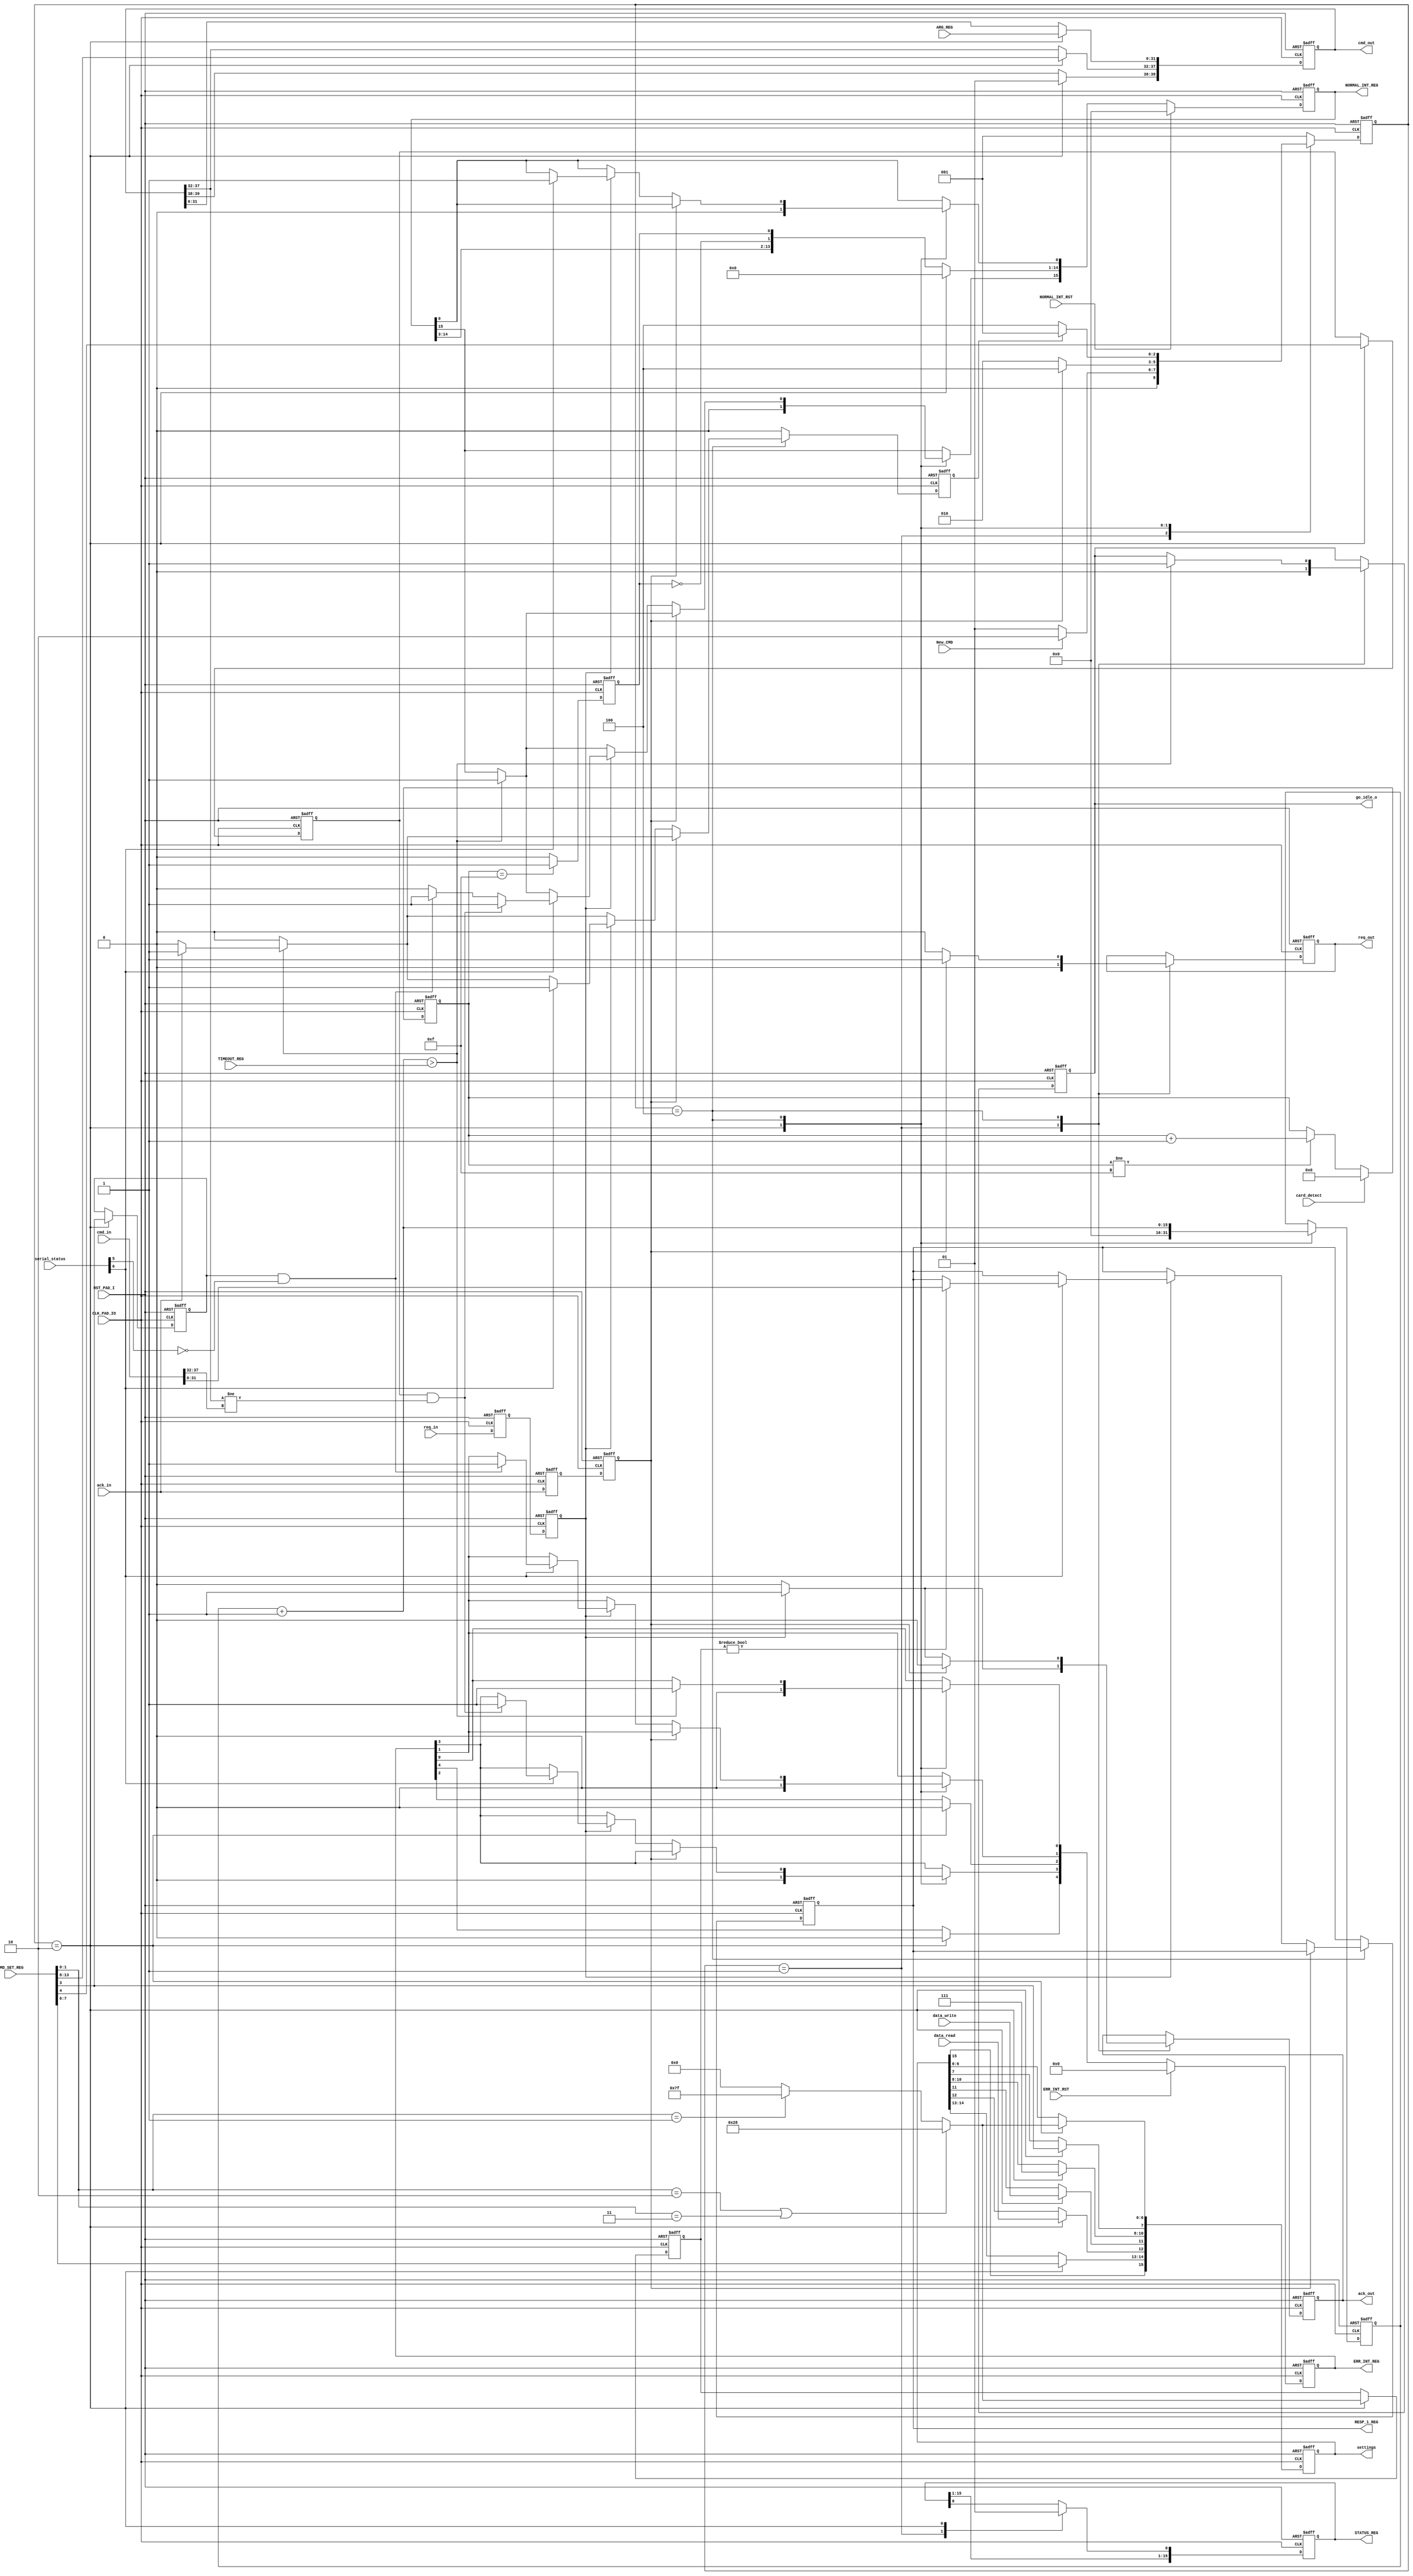
module sd_cmd_master(

input CLK_PAD_IO,

input RST_PAD_I,

input New_CMD,
input data_write,
input data_read,



input [31:0]ARG_REG,
input [13:0]CMD_SET_REG,
input [15:0] TIMEOUT_REG,
output reg [15:0] STATUS_REG,
output reg [31:0] RESP_1_REG,// va al wishbone 

output reg [4:0] ERR_INT_REG, 
output reg [15:0] NORMAL_INT_REG, 
input ERR_INT_RST,
input NORMAL_INT_RST,

output reg [15:0] settings,
output reg go_idle_o,
output reg  [39:0] cmd_out,
output reg req_out,
output reg ack_out,
input req_in,
input ack_in,
input [39:0] cmd_in,// viene del serial
input [7:0] serial_status,
input card_detect //????
);
 
  







`define dat_ava status[6]
`define crc_valid status[5] 
`define small_rsp 7'b0101000
`define big_rsp 7'b1111111

`define CMDI CMD_SET_REG[13:8] // Ver espescificacion
`define WORD_SELECT CMD_SET_REG[7:6]
`define CICE CMD_SET_REG[4]
`define CRCE CMD_SET_REG[3]
`define RTS CMD_SET_REG[1:0]
`define CTE ERR_INT_REG[0]  // Registros
`define CCRCE ERR_INT_REG[1] // error interrupt enable reg
`define CIE  ERR_INT_REG[3]
`define EI NORMAL_INT_REG[15]
`define CC  NORMAL_INT_REG[0]
`define CICMD STATUS_REG[0]
             

//-----------Types--------------------------------------------------------

reg CRC_check_enable;
reg index_check_enable;
reg [6:0]response_size;


reg card_present;


reg [3:0]debounce;

reg [15:0]status;
reg [15:0]  Watchdog_Cnt;
reg complete;



parameter SIZE = 3;
reg [SIZE-1:0] state;
reg [SIZE-1:0] next_state;

parameter IDLE   =  3'b001;
parameter SETUP   =  3'b010;
parameter EXECUTE  =  3'b100;//one hot code
reg ack_in_int;
reg ack_q;
reg req_q;
reg req_in_int;

always @ (posedge CLK_PAD_IO or posedge RST_PAD_I   )
begin
  if (RST_PAD_I) begin
    req_q<=0;
    req_in_int<=0;
 end 
else begin
  req_q<=req_in;  
  req_in_int<=req_q;
end
end  

//---------------Input ports---------------

// contador de rebotes
always @ (posedge CLK_PAD_IO or posedge RST_PAD_I   )
begin
  if (RST_PAD_I) begin
    debounce<=0;
    card_present<=0;
 end 
else begin
	if (!card_detect) begin//Card present logica negada
		if (debounce!=4'b1111)
			debounce<=debounce+1'b1;
	end
	else	
		 debounce<=0;

	if (debounce==4'b1111)
       card_present<=1'b1;// despues de contar los rebotes 
	else 
	   card_present<=1'b0; // podria estar afuera!!! 
end
end  



always @ (posedge CLK_PAD_IO or posedge RST_PAD_I   )
begin
  if (RST_PAD_I) begin
    ack_q<=0;
    ack_in_int<=0;
 end 
else begin
  ack_q<=ack_in;
  ack_in_int<=ack_q;
end
  
  
end



always @ ( state or New_CMD or complete or ack_in_int )
begin : FSM_COMBO
    next_state = 0;

 case(state)
 IDLE:   begin
      if (New_CMD) begin
          next_state = SETUP;
      end     
      else begin
         next_state = IDLE;
      end   
 end       
 SETUP:begin
    if (ack_in_int)             
       next_state = EXECUTE;  
     else   
       next_state = SETUP;
   end  
 EXECUTE:    begin
       if (complete) begin
          next_state = IDLE;
      end     
      else begin
         next_state = EXECUTE;
      end
 end       
   
  
 default : next_state  = IDLE;
 
 endcase 
    
end

 
 

always @ (posedge CLK_PAD_IO or posedge RST_PAD_I   )
begin : FSM_SEQ
  if (RST_PAD_I ) begin
    state <= #1 IDLE;
 end 
 else begin
    state <= #1 next_state;
 end
end


/// Logica de salida
always @ (posedge CLK_PAD_IO or posedge RST_PAD_I   )
begin  
 if (RST_PAD_I ) begin 
    CRC_check_enable=0;
    complete =0;
    RESP_1_REG = 0;
 
    ERR_INT_REG =0;
    NORMAL_INT_REG=0;
    STATUS_REG=0;
    status=0; 
    cmd_out =0 ;
    settings=0;
    response_size=0;
    req_out=0;
    index_check_enable=0; 
    ack_out=0; 
    Watchdog_Cnt=0;
    
    `CCRCE=0;
    `EI = 0;
    `CC = 0; 
     go_idle_o=0;  
 end 
 else begin
 NORMAL_INT_REG[1] = card_present;
 NORMAL_INT_REG[2] = ~card_present; ///???
 complete=0;
 case(state)
 IDLE: begin
    go_idle_o=0;  
    req_out=0;
		ack_out =0;
		`CICMD =0; // 0 = ready 1 = busy
    if ( req_in_int == 1) begin     //Status change
        status=serial_status;
        ack_out = 1;
      
        
    end
 end
 SETUP:  begin
     
     NORMAL_INT_REG=0; 
     ERR_INT_REG =0;
  
     index_check_enable = `CICE; 
     CRC_check_enable = `CRCE;
    
    if ( (`RTS  == 2'b10 ) || ( `RTS == 2'b11)) begin
      response_size =  7'b0101000; 
    end
    else if (`RTS == 2'b01) begin /// if del tamano 
      response_size = 7'b1111111; 
    end    
    else begin
       response_size=0;
    end    
    
    cmd_out[39:38]=2'b01;         
    cmd_out[37:32]=`CMDI;  //CMD_INDEX
    cmd_out[31:0]= ARG_REG;           //CMD_Argument     
    //---cmd done settings  
    settings[14:13]=`WORD_SELECT;             //Reserved
    settings[12] = data_read; //Type of command
    settings[11] = data_write;
    settings[10:8]=3'b111;            //Delay
    settings[7]=`CRCE;         //CRC-check
    settings[6:0]=response_size;   //response size    
    Watchdog_Cnt = 0;
    
    `CICMD =1;    
 end   
 
 EXECUTE: begin   
    Watchdog_Cnt = Watchdog_Cnt +1;
    if (Watchdog_Cnt>TIMEOUT_REG) begin
      `CTE=1;
      `EI = 1;
      if (ack_in == 1) begin
         complete=1;
      end   
      go_idle_o=1; 
    end
    
    //Default
    req_out=0;
		ack_out =0;
    
    //Start sending when serial module is ready
   	if (ack_in_int == 1) begin	    	     
	    		req_out =1;	   			   		
	  end	
	   //Incoming New Status 
	  else if ( req_in_int == 1) begin   
        status=serial_status;
      
        ack_out = 1; 
        if ( `dat_ava ) begin //Data avaible
           complete=1;
            `EI = 0;
             
           if (CRC_check_enable & ~`crc_valid) begin 
            `CCRCE=1;
            `EI = 1; /// algo paso!!!!!
             
           end 
           if (index_check_enable &  (cmd_out[37:32] != cmd_in [37:32]) ) begin
            `CIE=1;
            `EI = 1; // el comando no es el adecuado
            
           end
          
             
             `CC = 1;  // command complete
            
             if (response_size !=0)
              RESP_1_REG=cmd_in[31:0];
            
          // end 
         end ////Data avaible
       end //Status change
     end //EXECUTE state
   endcase
   if (ERR_INT_RST)
     ERR_INT_REG=0;
   if (NORMAL_INT_RST)
     NORMAL_INT_REG=0; // PODRIA ESTAR AFUERA 
  end
end

endmodule